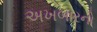
અખબારનો